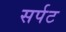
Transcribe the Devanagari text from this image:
सर्पट